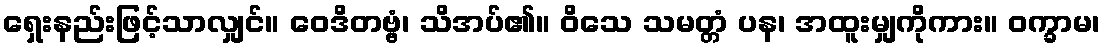
ရှေးနည်းဖြင့်သာလျှင်။ ဝေဒိတဗ္ဗံ၊ သိအပ်၏။ ဝိသေ သမတ္တံ ပန၊ အထူးမျှကိုကား။ ဝက္ခာမ၊